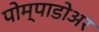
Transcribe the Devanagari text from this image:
पोम्पाडोअर